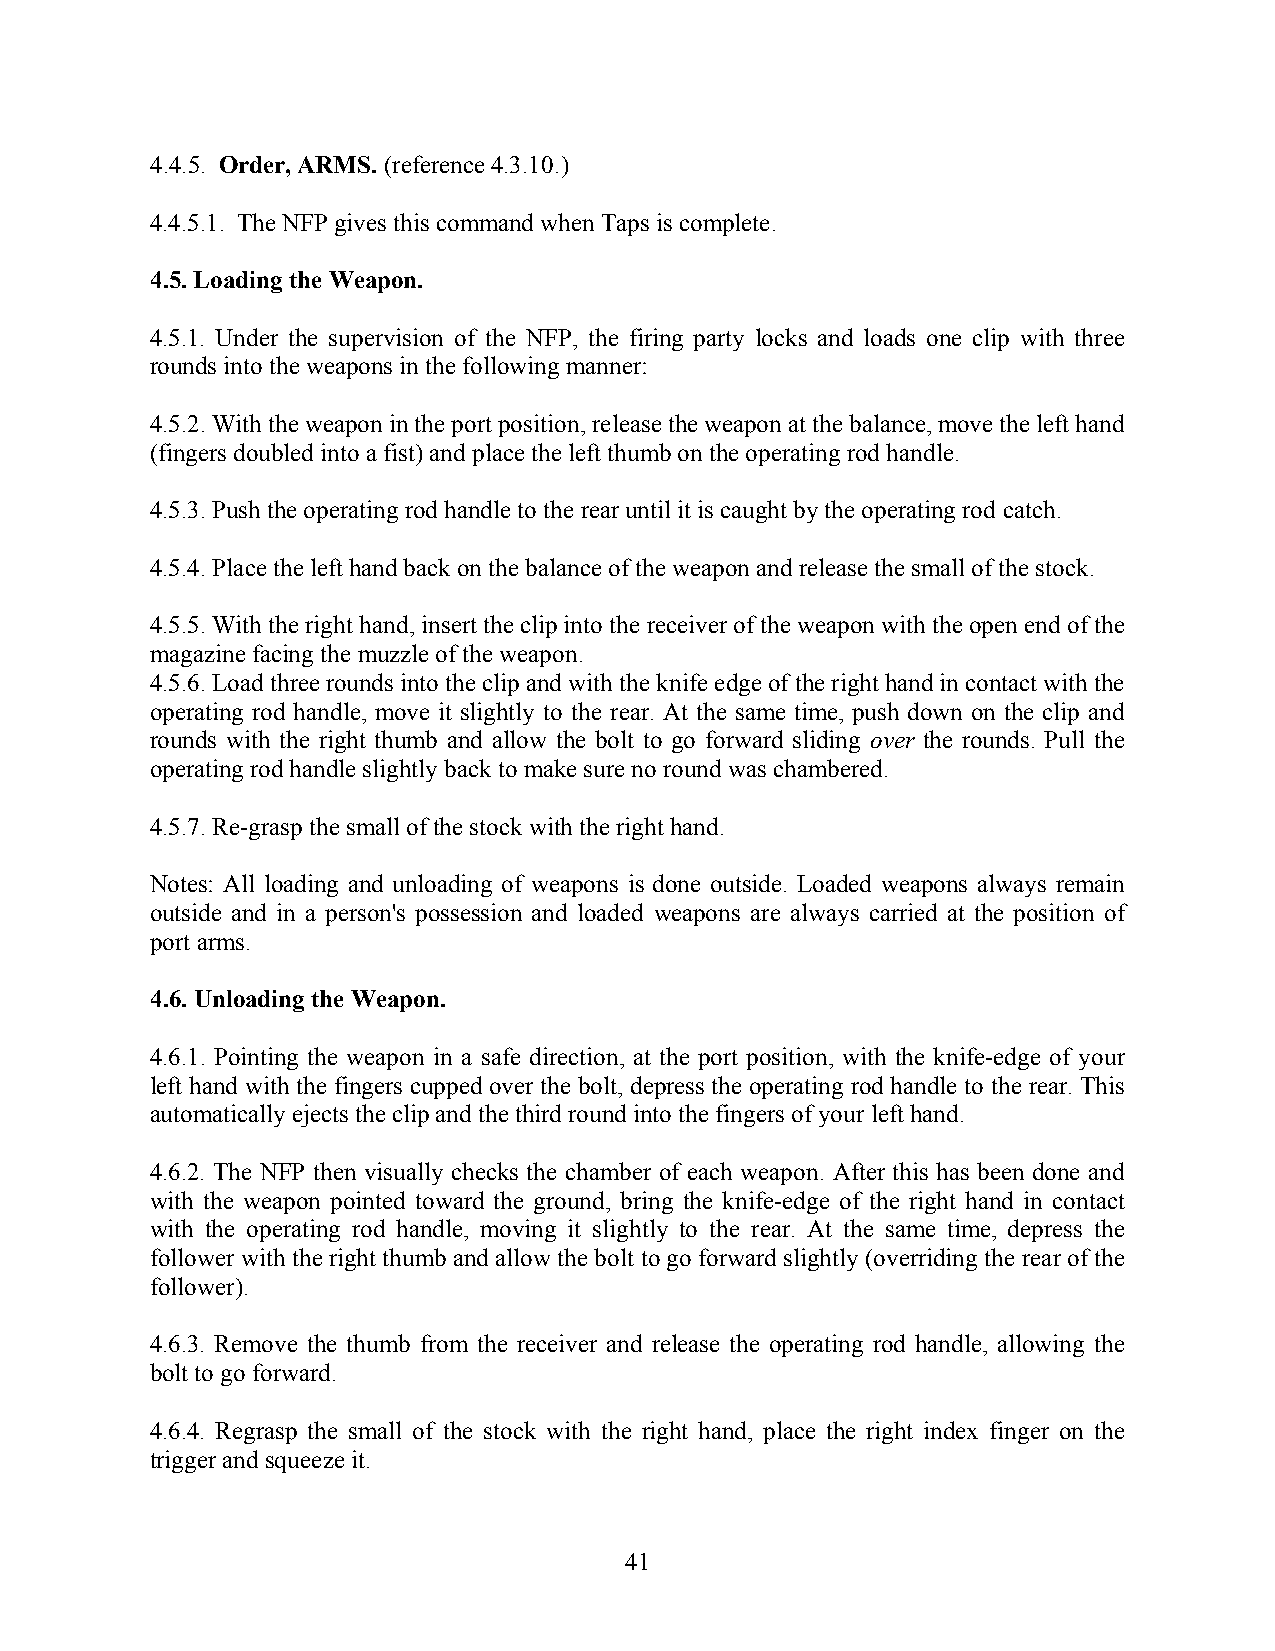
4.4.5. Order, ARMS. (reference 4.3.10.)
 4.4.5.1. The NFP gives this command when Taps is complete.
 4.5. Loading the Weapon.
 4.5.1. Under the supervision of the NFP, the firing party locks and loads one clip with three
 rounds into the weapons in the following manner:
 4.5.2. With the weapon in the port position, release the weapon at the balance, move the left hand
 (fingers doubled into a fist) and place the left thumb on the operating rod handle.
 4.5.3. Push the operating rod handle to the rear until it is caught by the operating rod catch.
 4.5.4. Place the left hand back on the balance of the weapon and release the small of the stock.
 4.5.5. With the right hand, insert the clip into the receiver of the weapon with the open end of the
 magazine facing the muzzle of the weapon.
 4.5.6. Load three rounds into the clip and with the knife edge of the right hand in contact with the
 operating rod handle, move it slightly to the rear. At the same time, push down on the clip and
 rounds with the right thumb and allow the bolt to go forward sliding over the rounds. Pull the
 operating rod handle slightly back to make sure no round was chambered.
 4.5.7. Re-grasp the small of the stock with the right hand.
 Notes: All loading and unloading of weapons is done outside. Loaded weapons always remain
 outside and in a person's possession and loaded weapons are always carried at the position of
 port arms.
 4.6. Unloading the Weapon.
 4.6.1. Pointing the weapon in a safe direction, at the port position, with the knife-edge of your
 left hand with the fingers cupped over the bolt, depress the operating rod handle to the rear. This
 automatically ejects the clip and the third round into the fingers of your left hand.
 4.6.2. The NFP then visually checks the chamber of each weapon. After this has been done and
 with the weapon pointed toward the ground, bring the knife-edge of the right hand in contact
 with the operating rod handle, moving it slightly to the rear. At the same time, depress the
 follower with the right thumb and allow the bolt to go forward slightly (overriding the rear of the
 follower).
 4.6.3. Remove the thumb from the receiver and release the operating rod handle, allowing the
 bolt to go forward.
 4.6.4. Regrasp the small of the stock with the right hand, place the right index finger on the
 trigger and squeeze it.
 41